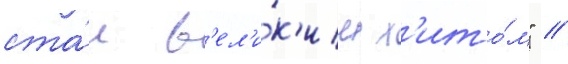
ста́л в'ел'и́к'им х'ито́м" //